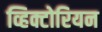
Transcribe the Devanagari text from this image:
व्हिक्टोरियन